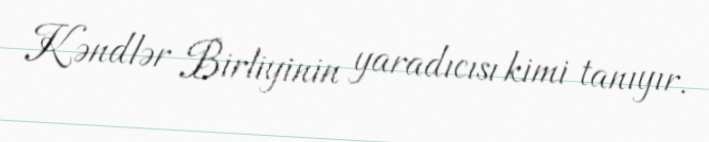
Kəndlər Birliyinin yaradıcısı kimi tanıyır.